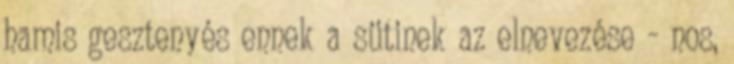
hamis gesztenyés ennek a sütinek az elnevezése - nos,